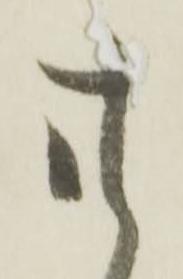
廿